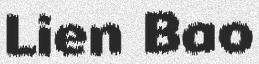
Lien Bao